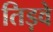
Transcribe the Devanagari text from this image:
तिड़वे